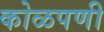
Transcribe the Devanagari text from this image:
कोळपणी